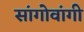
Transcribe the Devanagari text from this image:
सांगोवांगी